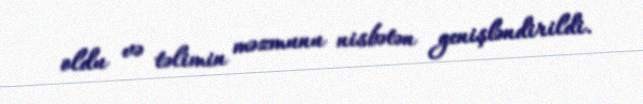
oldu və təlimin məzmunu nisbətən genişləndirildi.